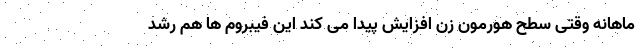
ماهانه وقتی سطح هورمون زن افزایش پیدا می کند این فیبروم ها هم رشد